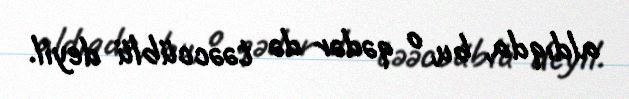
aldıqda, bu, o qədər də təəccüblü deyil.